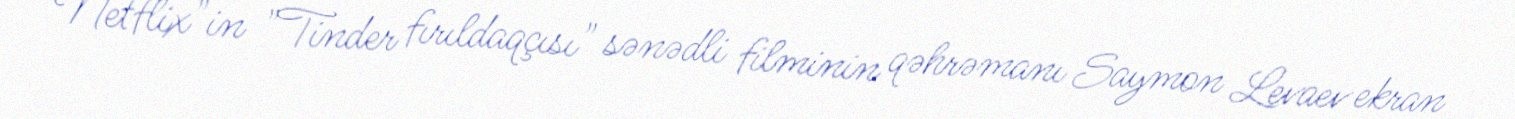
Netflix"in "Tinder fırıldaqçısı" sənədli filminin qəhrəmanı Saymon Levaev ekran